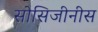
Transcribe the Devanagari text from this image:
सोसिजीनीस